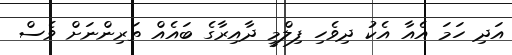
އަދި ހަމަ އެއާ އެކު ދިވެހި ފިލްމީ ދާއިރާގެ ބައެއް ތަރިންނަށް ވެސް